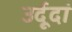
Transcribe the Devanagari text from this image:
उर्दूदां